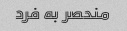
منحصر به فرد